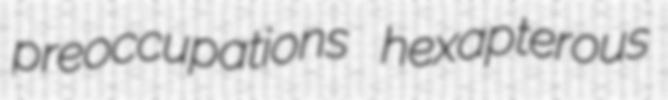
preoccupations hexapterous